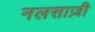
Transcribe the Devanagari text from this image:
नलसाज़ी